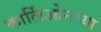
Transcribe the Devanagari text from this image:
कार्लिओनच्या